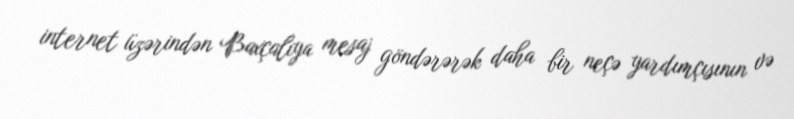
internet üzərindən Baxçalıya mesaj göndərərək daha bir neçə yardımçısının və